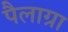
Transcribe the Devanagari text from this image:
पैलाग्रा